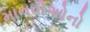
માનવીઓનો